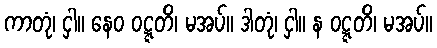
ကာတုံ၊ ငှါ။ နေဝ ဝဋ္ဋတိ၊ မအပ်။ ဒါတုံ၊ ငှါ။ န ဝဋ္ဋတိ၊ မအပ်။